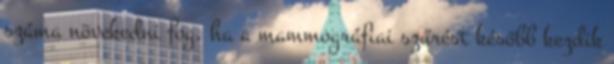
száma növekedni fog, ha a mammográfiai szűrést később kezdik